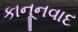
કાનૂનવાદ